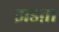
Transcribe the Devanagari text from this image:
झडऩा